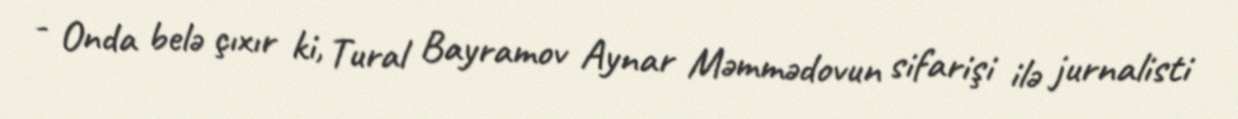
- Onda belə çıxır ki, Tural Bayramov Aynar Məmmədovun sifarişi ilə jurnalisti